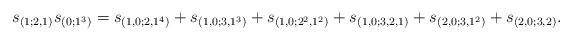
LaTeX: \begin{gather*}s_{(1;2,1)} s_{(0;1^3)}=s_{(1,0;2,1^4)}+s_{(1,0;3,1^3)}+s_{(1,0;2^2,1^2)}+s_{(1,0;3,2,1)}+s_{(2,0;3,1^2)}+s_{(2,0;3,2)}.\end{gather*}